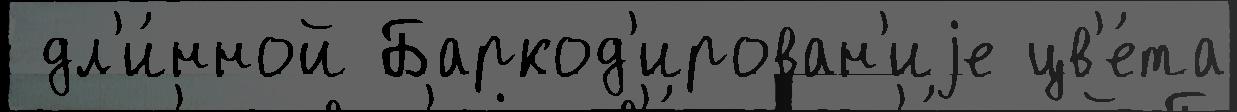
 дл'и́нной Баркод'ирован'иjе цв'е́та